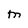
Character: M